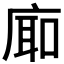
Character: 𪪚